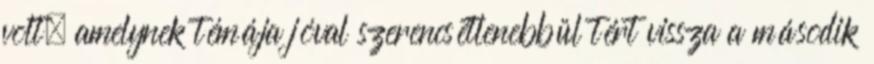
volt, amelynek témája jóval szerencsétlenebbül tért vissza a második